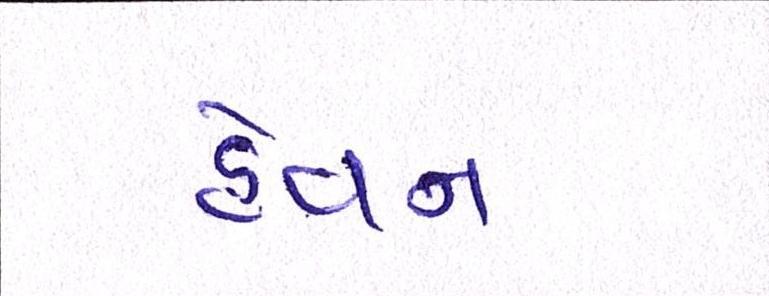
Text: હેવન